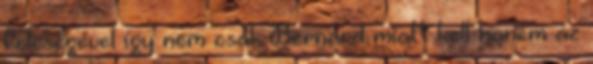
feleségével így nem csak Bernard miatt kell hanem az